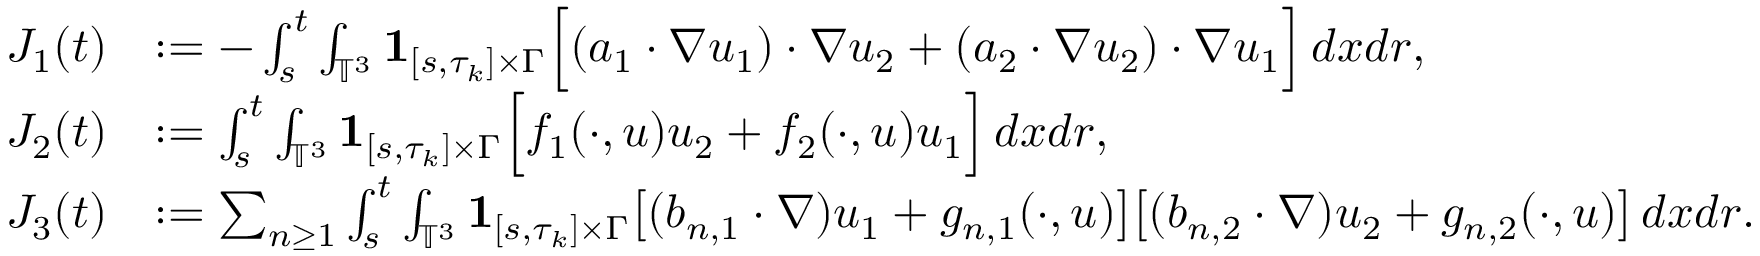
\begin{array} { r l } { J _ { 1 } ( t ) } & { : = - \int _ { s } ^ { t } \int _ { \mathbb { T } ^ { 3 } } { { \bf 1 } } _ { [ s , \tau _ { k } ] \times \Gamma } \Big [ ( a _ { 1 } \cdot \nabla u _ { 1 } ) \cdot \nabla u _ { 2 } + ( a _ { 2 } \cdot \nabla u _ { 2 } ) \cdot \nabla u _ { 1 } \Big ] \, d x d r , } \\ { J _ { 2 } ( t ) } & { : = \int _ { s } ^ { t } \int _ { \mathbb { T } ^ { 3 } } { { \bf 1 } } _ { [ s , \tau _ { k } ] \times \Gamma } \Big [ f _ { 1 } ( \cdot , u ) u _ { 2 } + f _ { 2 } ( \cdot , u ) u _ { 1 } \Big ] \, d x d r , } \\ { J _ { 3 } ( t ) } & { : = \sum _ { n \geq 1 } \int _ { s } ^ { t } \int _ { \mathbb { T } ^ { 3 } } { { \bf 1 } } _ { [ s , \tau _ { k } ] \times \Gamma } \big [ ( b _ { n , 1 } \cdot \nabla ) u _ { 1 } + g _ { n , 1 } ( \cdot , u ) \big ] \big [ ( b _ { n , 2 } \cdot \nabla ) u _ { 2 } + g _ { n , 2 } ( \cdot , u ) \big ] \, d x d r . } \end{array}